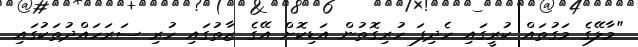
"މާލޭގެ މަގުތައް ކުރީގައި ހެދިފަ ހުރިގޮތުން އަޑިކޮށް އޭގެ ޒާތުގައި ހުރި ސަރަހައްދުތަކުގައި